system: You are a helpful assistant.
user:
Analyze the provided spectrum to determine if it is a **M-type Giant (gM)**.

A M-type Giant spectrum is defined by its **strong molecular absorption** features, particularly from **Titanium Oxide (TiO)**. You must check for one of the following mutually exclusive signatures:

- **Key Visual Indicators (Absorption-Dominated Spectrum):**

    - **(Primary):** The spectrum is dominated by strong molecular absorption from **Titanium Oxide (TiO)**. This is the **defining feature** of its M-type temperature class.
        - **(Key Bandheads):** Look for sharp, "saw-tooth" absorption valleys. The strongest are located near **~7050 Å**, **~6160 Å**, and **~5170 Å**.
        - **(Line Profile):** The "saw-tooth" morphology is critical: a **sharp, steep drop on the BLUE (short-wavelength) side** of the bandhead, followed by a gradual recovery (rising flux) towards the RED (long-wavelength) side.

    - **(Key Confirmation - Giant vs. Dwarf):** **ABSENCE** of strong **Calcium Hydride (CaH)** molecular bands. This is the primary diagnostic for *excluding* M-dwarfs.
        - **(Key Region):** The spectrum should lack the strong, broad absorption band seen in dwarfs between **~6800 Å and ~7000 Å**.

    - **(Secondary Confirmation - Giant):** A very strong and broad **Neutral Calcium (Ca I)** atomic absorption line.
        - **(Key Line):** Located at **~4226 Å**. In a giant (gM), this line is significantly deeper and broader than the same line in an M-dwarf (dM) due to low surface gravity.

    - **(Overall Spectrum):**
        - The continuum is **extremely red-sloping** (i.e., flux is very low in the blue and rises dramatically towards the red).
        - The entire spectrum appears "chopped up" by the deep TiO bands.

Think first, call **spectral_visualization_tool** if needed to examine features in detail, then provide your final answer. Your response must adhere to the following strict rules:
1.  **Overall Structure:** Your response must follow the format `<think>...</think> <tool_call>...</tool_call> (if a tool is used) <answer>...</answer>`.
2.  **Tool Usage Constraint:** You may only make **one** tool call per turn.
3.  **Final Answer Format:** In the `<answer>` tag, your conclusion must be inside a `\boxed{}` command (e.g., `\boxed{YES}` or `\boxed{NO}`), followed by your justification.

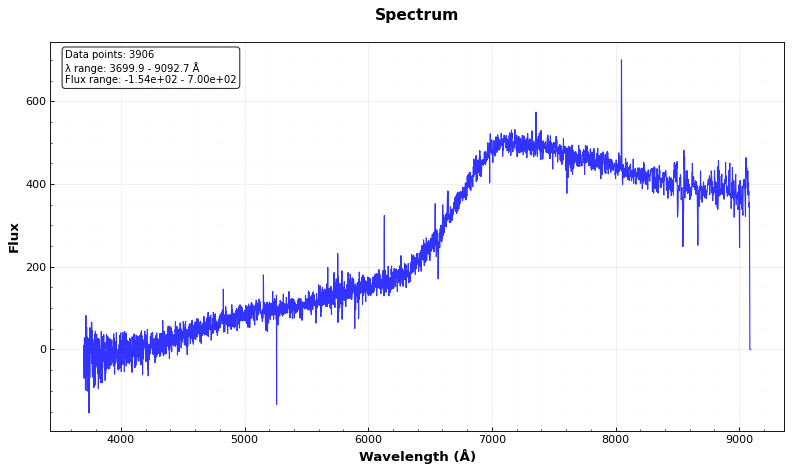
Answer: NO